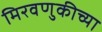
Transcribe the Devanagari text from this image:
मिरवणुकीच्या